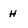
Character: H